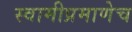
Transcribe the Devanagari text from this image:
स्वामीप्रमाणेच